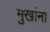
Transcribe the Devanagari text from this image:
मुखांना